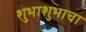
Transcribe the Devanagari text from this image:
शुभाशुभाचा